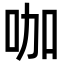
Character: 咖